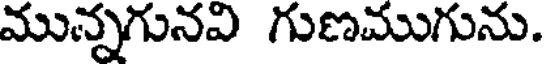
మున్నగునవి గుణముగును.